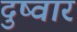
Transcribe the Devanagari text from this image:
दुष्वार